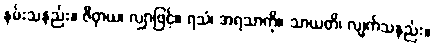
နမ်းသနည်း။ ဇိဝှာယ၊ လျှာဖြင့်။ ရသံ၊ အရသာကို။ သာယတိ၊ လျက်သနည်း။